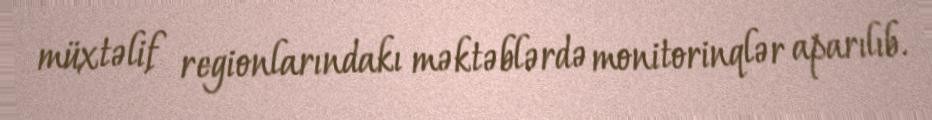
müxtəlif regionlarındakı məktəblərdə monitorinqlər aparılıb.